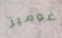
غوميز